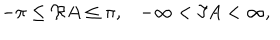
- \pi \leq \Re A \leq \pi , - \infty < \Im A < \infty ,